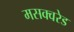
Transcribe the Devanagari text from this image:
मसक्वरेड